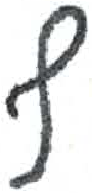
אות: ף